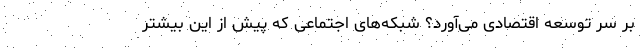
بر سر توسعه اقتصادی می‌آورد؟ شبکه‌های اجتماعی که پیش از این بیشتر